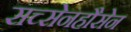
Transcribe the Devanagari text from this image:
सच्सेनहौसेन